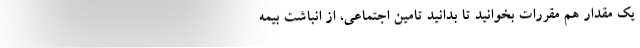
یک مقدار هم مقررات بخوانید تا بدانید تامین اجتماعی، از انباشت بیمه